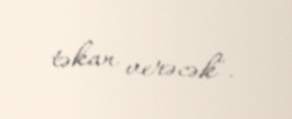
təkan verəcək".